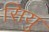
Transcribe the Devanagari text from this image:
सियु